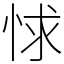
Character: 㤹